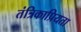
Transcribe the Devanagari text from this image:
तंत्रिकाप्रियता